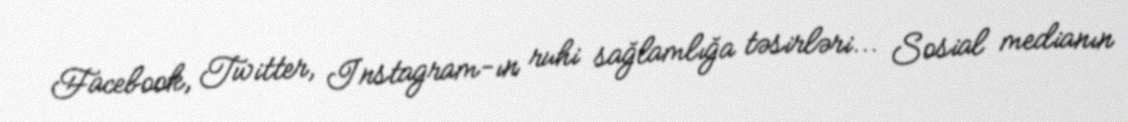
Facebook, Twitter, Instagram-ın ruhi sağlamlığa təsirləri... Sosial medianın